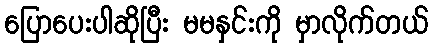
ပြောပေးပါဆိုပြီး မမနှင်းကို မှာလိုက်တယ်